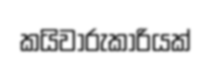
කයිවාරුකාරියක්